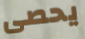
يحصى